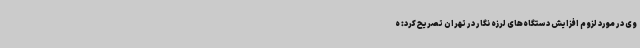
وی در مورد لزوم افزایش دستگاه‌های لرزه نگار در تهران تصریح کرد: ه